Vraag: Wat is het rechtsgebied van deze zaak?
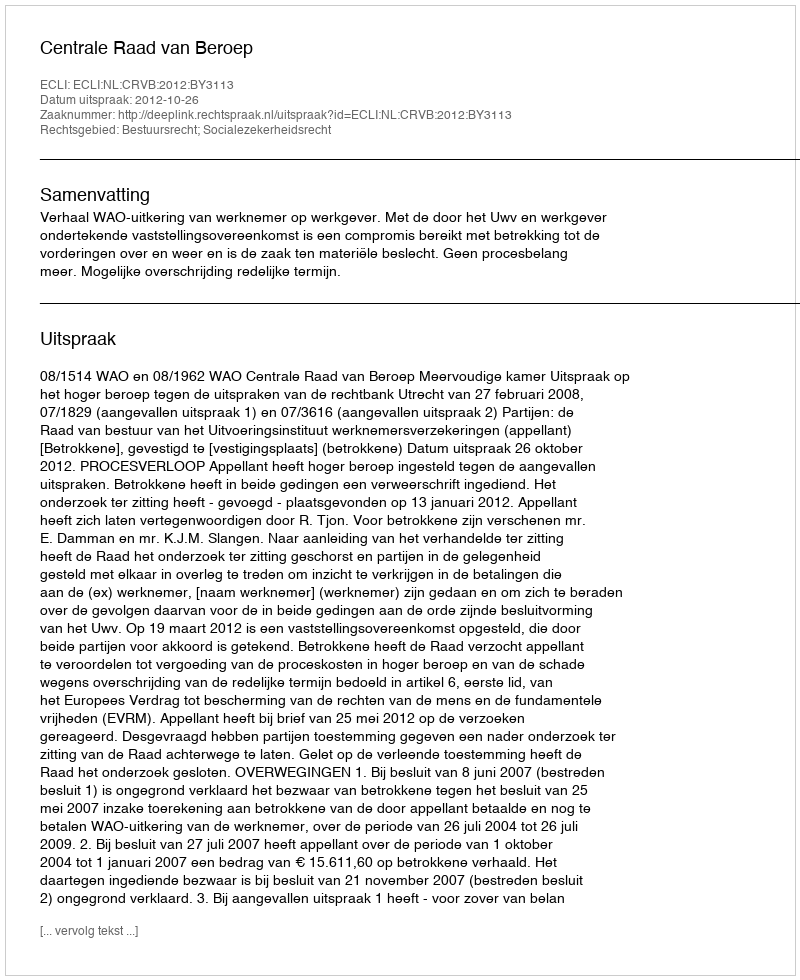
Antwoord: Bestuursrecht; Socialezekerheidsrecht